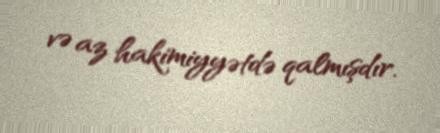
və az hakimiyyətdə qalmışdır.